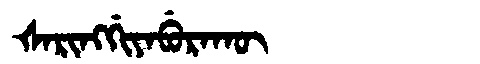
Manchu: ᡧᠠᡵᡳᠩᡤᡳᠶᠠᠪᡠᡵᠠᡴᡡ
Romanization: ŠARINGGIYABURAKŪ